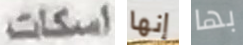
اسكات إنها بها